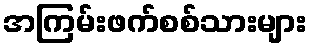
အကြမ်းဖက်စစ်သားများ